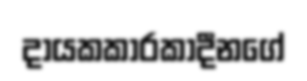
දායකකාරකාදීනගේ